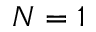
N = 1